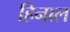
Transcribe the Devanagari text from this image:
हिनाल